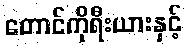
တောင်ကိုရီးယားနှင့်